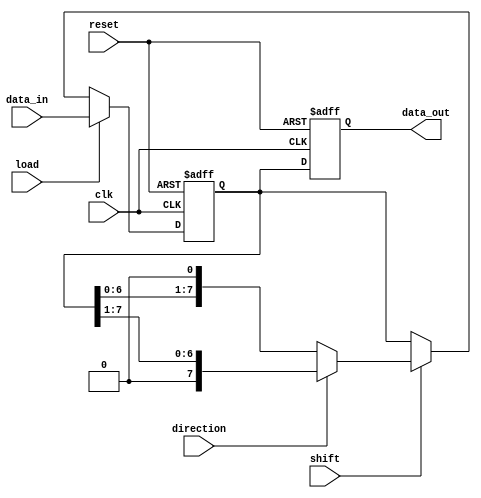
module LogarithmicShiftRegister #(
    parameter WIDTH = 8 // Configurable width (e.g., 8, 16, 32)
) (
    input  wire clk,                // Clock signal
    input  wire reset,              // Reset signal
    input  wire load,               // Control signal to load data
    input  wire shift,              // Control signal to perform shift
    input  wire [WIDTH-1:0] data_in,// Data input for loading
    input  wire direction,          // Direction for shifting (0 = left, 1 = right)
    output reg [WIDTH-1:0] data_out // Data output
);

// Internal register to hold the data
reg [WIDTH-1:0] register;

// Procedural block for synchronous behavior
always @(posedge clk or posedge reset) begin
    if (reset) begin
        register <= {WIDTH{1'b0}}; // Clear the register on reset
        data_out <= {WIDTH{1'b0}};  // Clear output
    end else begin
        if (load) begin
            register <= data_in; // Load data input into register
        end else if (shift) begin
            if (direction == 1'b0) begin
                // Perform logarithmic left shift
                register <= register << 1; // Simple left shift for illustration
            end else begin
                // Perform logarithmic right shift
                register <= register >> 1; // Simple right shift for illustration
            end
        end
        // Update output on every clock
        data_out <= register;
    end
end

endmodule